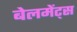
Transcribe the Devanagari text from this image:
बेलमेंट्स